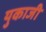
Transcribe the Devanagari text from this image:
युकाजी